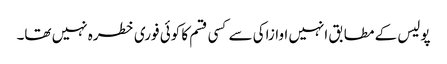
پولیس کے مطابق انہیں اوازاکی سے کسی قسم کا کوئی فوری خطرہ نہیں تھا۔